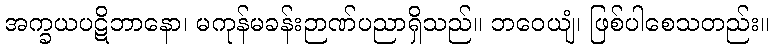
အက္ခယပဋိဘာနော၊ မကုန်မခန်းဉာဏ်ပညာရှိသည်။ ဘဝေယျံ၊ ဖြစ်ပါစေသတည်း။